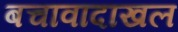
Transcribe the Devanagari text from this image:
बचावादाखल